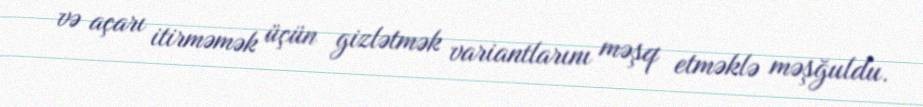
və açarı itirməmək üçün gizlətmək variantlarını məşq etməklə məşğuldu.